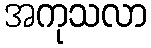
အကုသလာ